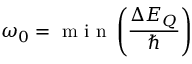
\omega _ { 0 } = { \textrm { m i n } } \left( { \frac { \Delta E _ { Q } } { \hbar } } \right)